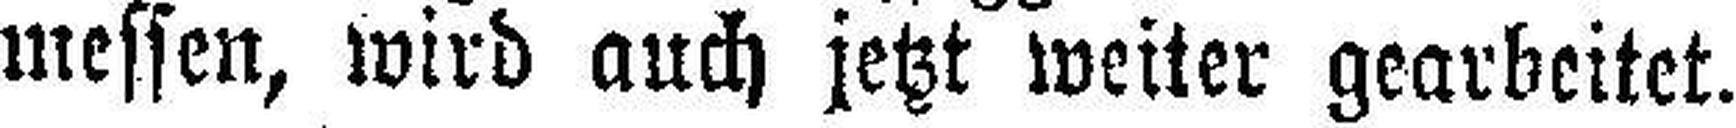
messen, wird auch jetzt weiter gearbeitet.